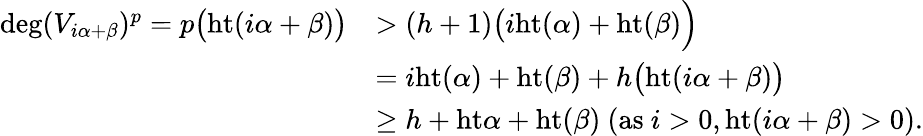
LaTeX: \begin{array}{rl}{\deg(V_{i\alpha+\beta})^{p}=p\big(\mathrm{ht}(i\alpha+\beta)\big)}&{>(h+1)\big(i\mathrm{ht}(\alpha)+\mathrm{ht}(\beta)\Big)}\\ &{=i\mathrm{ht}(\alpha)+\mathrm{ht}(\beta)+h\big(\mathrm{ht}(i\alpha+\beta)\big)}\\ &{\geq h+\mathrm{ht}\alpha+\mathrm{ht}(\beta)\mathrm{~}(\mathrm{as~}i>0,\mathrm{ht}(i\alpha+\beta)>0).}\end{array}